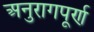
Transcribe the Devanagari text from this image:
अनुरागपूर्ण